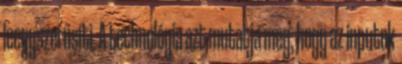
leegyszerűsíti. A technológia azt mutatja meg, hogy az inputok